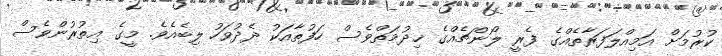
ކުރުމަށް އަމިއްލަފަރާތެއްގެ ފެރީ ލޯންޗެއްގެ ޚިދުމަތްވެސް ހަފުތާއަކު ދެދުވަހު ލިބެއެވެ. މީގެ އިތުރުންވެސް